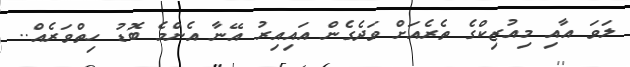
ލަވަ އާއި މިއުޒިކްގެ ތެރެއަށް ވަދެގެން އައިއިރު އޭނާ އެންމެ ބޮޑު ހިތްވަރެއް..